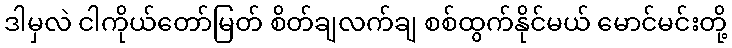
ဒါမှလဲ ငါကိုယ်တော်မြတ် စိတ်ချလက်ချ စစ်ထွက်နိုင်မယ် မောင်မင်းတို့